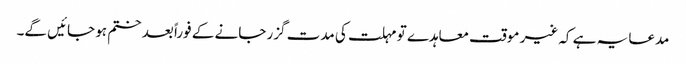
مدعا یہ ہے کہ غیر موقت معاہدے تو مہلت کی مدت گزر جانے کے فوراً بعد ختم ہو جائیں گے۔